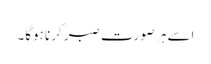
اسے ہر صورت صبر کرنا ہوگا۔